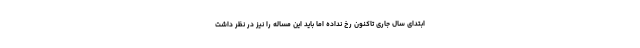
ابتدای سال جاری تاکنون رخ نداده اما باید این مساله را نیز در نظر داشت